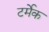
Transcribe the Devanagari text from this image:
टर्मेक